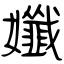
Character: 孅